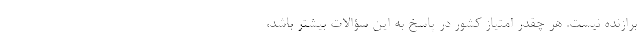
برازنده نیست. هر چقدر امتیاز کشور در پاسخ به این سؤالات بیشتر باشد،